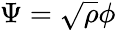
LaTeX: \Psi=\sqrt{\rho}\phi